Madras plague regulations and rules for district municipalities and other towns and villages
Disease focus: Plague
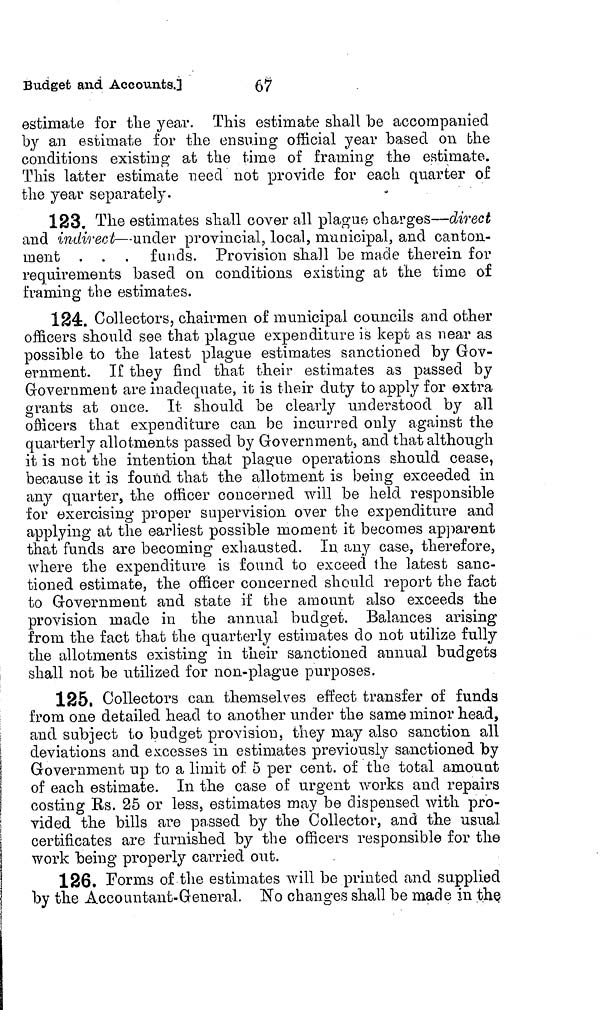
67
Budget and Accounts.]
estimate for the year. This estimate shall be accompanied
by an estimate for the ensuing official year based on the
conditions existing at the time of framing the estimate.
This latter estimate need not provide for each quarter of
the year separately.
123. The estimates shall cover all plague charges—direct
and indirect—under provincial, local, municipal, and canton-
ment . . . funds. Provision shall be made therein for
requirements based on conditions existing at the time of
framing the estimates.
124. Collectors, chairmen of municipal councils and other
officers should see that plague expenditure is kept as near as
possible to the latest plague estimates sanctioned by Gov-
ernment. If they find that their estimates as passed by
Government are inadequate, it is their duty to apply for extra
grants at once. It should be clearly understood by all
officers that expenditure can be incurred only against the
quarterly allotments passed by Government, and that although
it is not the intention that plague operations should cease,
because it is found that the allotment is being exceeded in
any quarter, the officer concerned will be held responsible
for exercising proper supervision over the expenditure and
applying at the earliest possible moment it becomes apparent
that funds are becoming exhausted. In any case, therefore,
where the expenditure is found to exceed the latest sanc-
tioned estimate, the officer concerned should report the fact
to Government and state if the amount also exceeds the
provision made in the annual budget. Balances arising
from the fact that the quarterly estimates do not utilize fully
the allotments existing in their sanctioned annual budgets
shall not be utilized for non-plague purposes.
125. Collectors can themselves effect transfer of funda
from one detailed head to another under the same minor head,
and subject to budget provision, they may also sanction all
deviations and excesses in estimates previously sanctioned by
Government up to a limit of 5 per cent, of the total amount
of each estimate. In the case of urgent works and repairs
costing Rs. 25 or less, estimates may be dispensed with pro-
vided the bills are passed by the Collector, and the usual
certificates are furnished by the officers responsible for the
work being properly carried out.
126. Forms of the estimates will be printed and supplied
by the Accountant-General. No changes shall be made in the